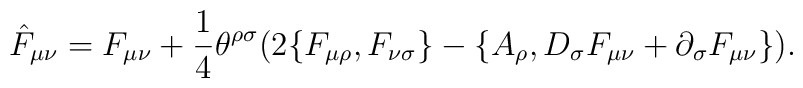
\hat F_{\mu\nu} = F_{\mu\nu} + {1\over 4}\theta^{\rho\sigma}\big( 2\{F_{\mu\rho},F_{\nu\sigma}\}-\{A_\rho, D_\sigma F_{\mu\nu} +\partial_\sigma F_{\mu\nu}\}\big).